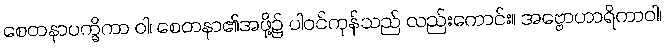
စေတနာပက္ခိကာ ဝါ၊ စေတနာ၏အဖို့၌ ပါဝင်ကုန်သည် လည်းကောင်း။ အဗ္ဗောဟာရိကာဝါ၊